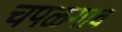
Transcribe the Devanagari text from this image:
चपळगाव